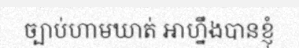
ច្បាប់ហាមឃាត់ អាហ្នឹងបានខ្ញុំ